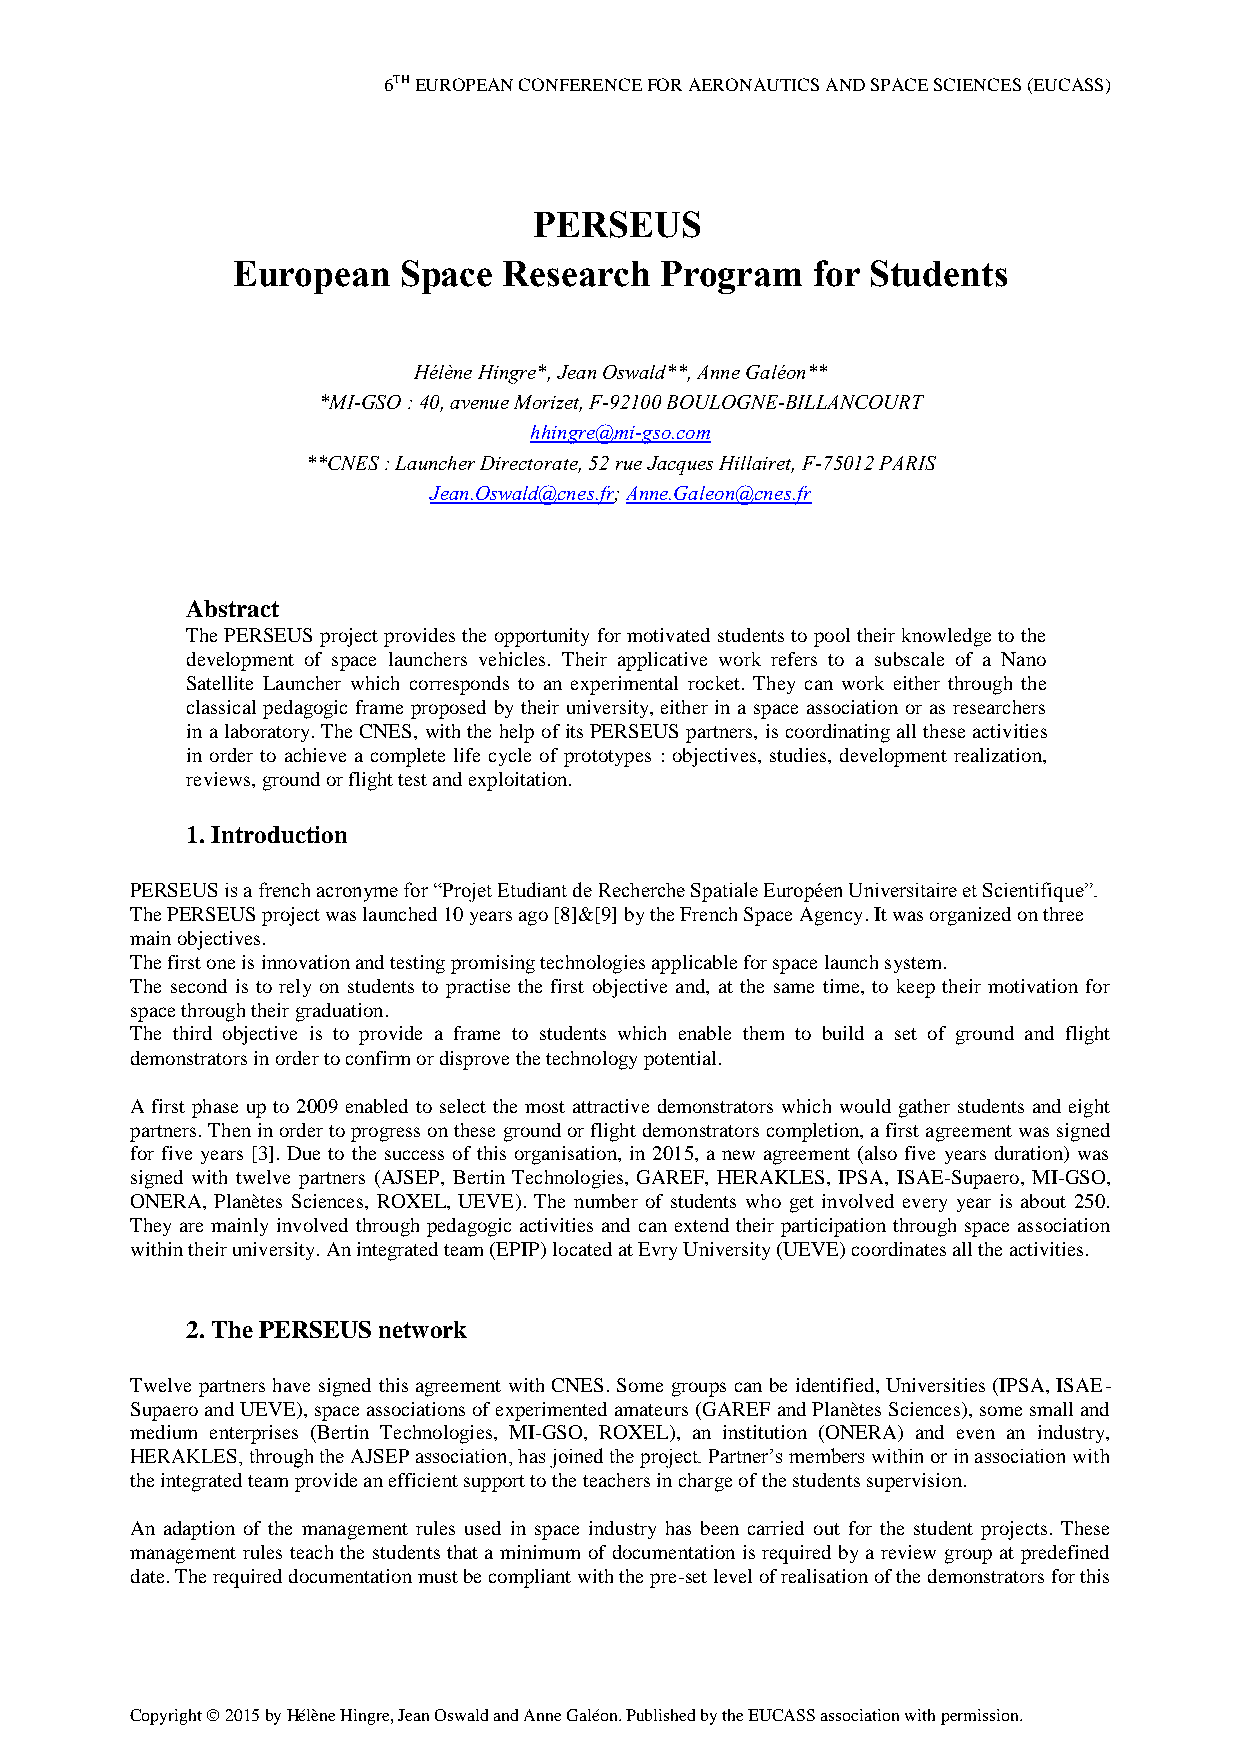
6TH EUROPEAN CONFERENCE FOR AERONAUTICS AND SPACE SCIENCES (EUCASS)
 PERSEUS
 European   Space  Research   Program   for Students
 Hélène Hingre*, Jean Oswald**, Anne Galéon**
 *MI-GSO : 40, avenue Morizet, F-92100 BOULOGNE-BILLANCOURT
 hhingre@mi-gso.com
 **CNES : Launcher Directorate, 52 rue Jacques Hillairet, F-75012 PARIS
 Jean.Oswald@cnes.fr; Anne.Galeon@cnes.fr
 Abstract
 The PERSEUS project provides the opportunity for motivated students to pool their knowledge to the
 development of space launchers vehicles. Their applicative work refers to a subscale of a Nano
 Satellite Launcher which corresponds to an experimental rocket. They can work either through the
 classical pedagogic frame proposed by their university, either in a space association or as researchers
 in a laboratory. The CNES, with the help of its PERSEUS partners, is coordinating all these activities
 in order to achieve a complete life cycle of prototypes : objectives, studies, development realization,
 reviews, ground or flight test and exploitation.
 1. Introduction
 PERSEUS is a french acronyme for “Projet Etudiant de Recherche Spatiale Européen Universitaire et Scientifique”.
 The PERSEUS project was launched 10 years ago [8]&[9] by the French Space Agency. It was organized on three
 main objectives.
 The first one is innovation and testing promising technologies applicable for space launch system.
 The second is to rely on students to practise the first objective and, at the same time, to keep their motivation for
 space through their graduation.
 The third objective is to provide a frame to students which enable them to build a set of ground and flight
 demonstrators in order to confirm or disprove the technology potential.
 A first phase up to 2009 enabled to select the most attractive demonstrators which would gather students and eight
 partners. Then in order to progress on these ground or flight demonstrators completion, a first agreement was signed
 for five years [3]. Due to the success of this organisation, in 2015, a new agreement (also five years duration) was
 signed with twelve partners (AJSEP, Bertin Technologies, GAREF, HERAKLES, IPSA, ISAE-Supaero, MI-GSO,
 ONERA, Planètes Sciences, ROXEL, UEVE). The number of students who get involved every year is about 250.
 They are mainly involved through pedagogic activities and can extend their participation through space association
 within their university. An integrated team (EPIP) located at Evry University (UEVE) coordinates all the activities.
 2. The PERSEUS network
 Twelve partners have signed this agreement with CNES. Some groups can be identified, Universities (IPSA, ISAE-
 Supaero and UEVE), space associations of experimented amateurs (GAREF and Planètes Sciences), some small and
 medium enterprises (Bertin Technologies, MI-GSO, ROXEL), an institution (ONERA) and even an industry,
 HERAKLES, through the AJSEP association, has joined the project. Partner’s members within or in association with
 the integrated team provide an efficient support to the teachers in charge of the students supervision.
 An adaption of the management rules used in space industry has been carried out for the student projects. These
 management rules teach the students that a minimum of documentation is required by a review group at predefined
 date. The required documentation must be compliant with the pre-set level of realisation of the demonstrators for this
 Copyright  2015 by Hélène Hingre, Jean Oswald and Anne Galéon. Published by the EUCASS association with permission.